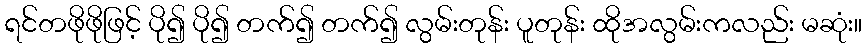
ရင်တဖိုဖိုဖြင့် ပို၍ ပို၍ တက်၍ တက်၍ လွမ်းတုန်း ပူတုန်း ထိုအလွမ်းကလည်း မဆုံး။